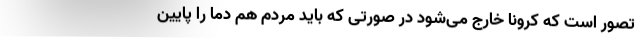
تصور است که کرونا خارج می‌شود در صورتی که باید مردم هم دما را پایین